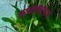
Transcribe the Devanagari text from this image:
माकाशस्थानं